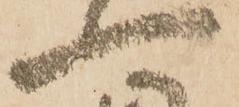
一